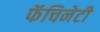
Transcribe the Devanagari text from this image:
फॅचिनेटी